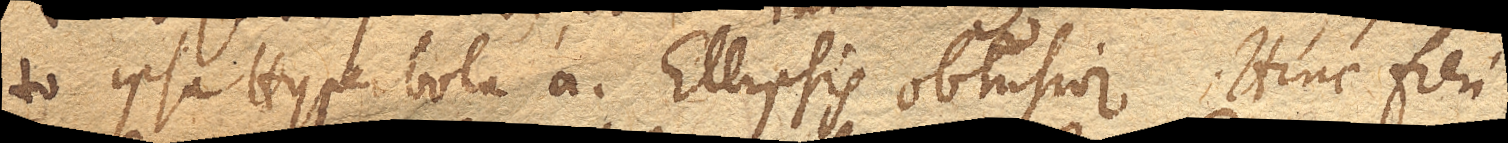
to ipsa Hyperbola a. Ellipsis obtusior. Hinc fieri